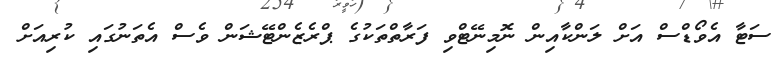
ސަޓާ އެވޯޑްސް އަށް ލަންކާއިން ނޮމިނޭޓްވި ފަރާތްތަކުގެ ޕްރެޒެންޓޭޝަން ވެސް އެތަނުގައި ކުރިއަށް